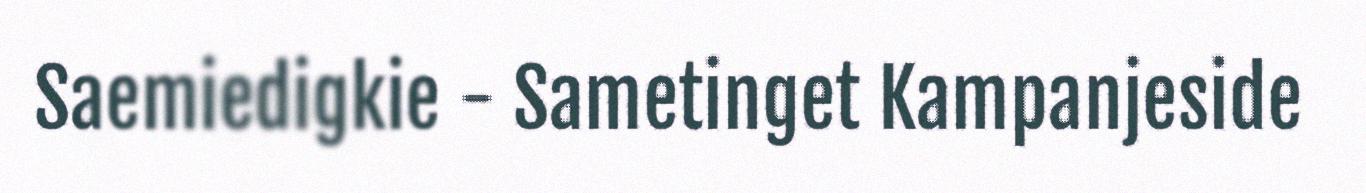
Saemiedigkie - Sametinget Kampanjeside